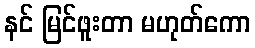
နင် မြင်ဖူးတာ မဟုတ်ကော